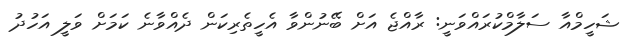
ޝަހީމްއާ ސަލާމްކުރައްވަނީ: ރާއްޖެ އަށް ބޭނުންވާ އެހީތެރިކަން ދެއްވާނެ ކަމަށް ވަލީ އަހުދު